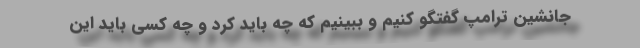
جانشین ترامپ گفتگو کنیم و ببینیم که چه باید کرد و چه کسی باید این